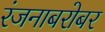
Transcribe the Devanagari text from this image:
रंजनाबरोबर